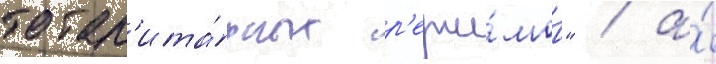
тотал'ита́рных р'ежи́мов" / а́